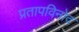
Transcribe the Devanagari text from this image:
प्रतापविनोद